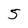
Character: 5